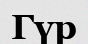
Гүр